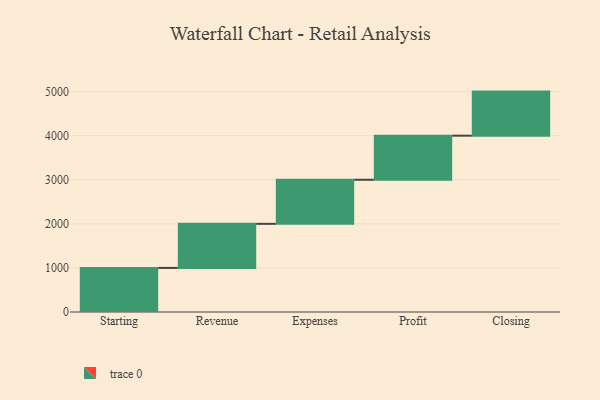
{"axis": {"x": "Step", "y": "Value"}, "legend": [""], "data": [{"x": "Starting", "y": 1000, "type": ""}, {"x": "Revenue", "y": 1000, "type": ""}, {"x": "Expenses", "y": 1000, "type": ""}, {"x": "Profit", "y": 1000, "type": ""}, {"x": "Closing", "y": 1000, "type": ""}]}